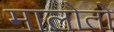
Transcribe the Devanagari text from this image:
मालोतो